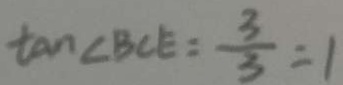
\tan \angle B C E = \frac { 3 } { 3 } = 1